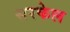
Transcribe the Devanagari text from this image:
सरकेल